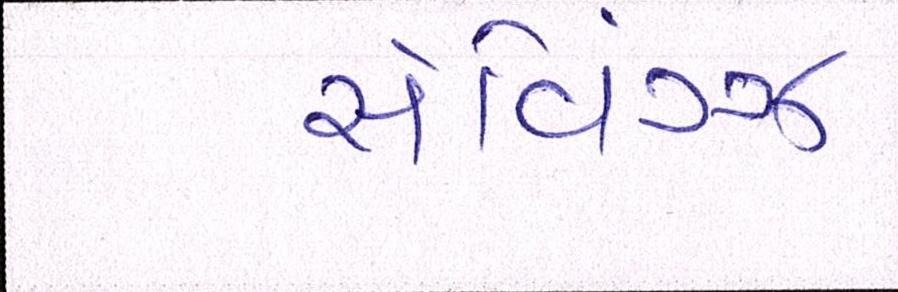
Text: સેવિંગ્ઝ